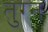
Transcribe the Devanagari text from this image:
तुग्न